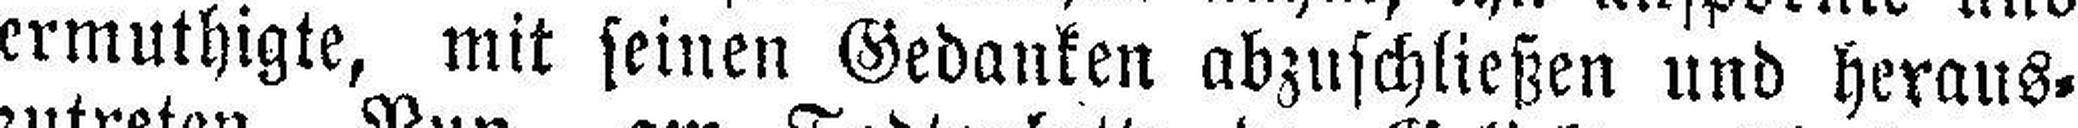
ermuthigte, mit seinen Gedanken abzuschließen und heraus¬